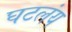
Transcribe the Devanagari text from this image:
घटलंय